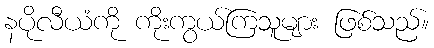
နပိုလီယံကို ကိုးကွယ်ကြသူများ ဖြစ်သည်။